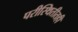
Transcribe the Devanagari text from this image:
परीस्थितीतही